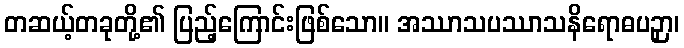
တဆယ့်တခုတို့၏ ပြည့်ကြောင်းဖြစ်သော။ အဿာသပဿာသနိရောဓပဉှာ၊